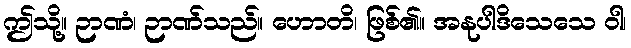
ဤသို့။ ဉာဏံ၊ ဉာဏ်သည်။ ဟောတိ၊ ဖြစ်၏။ အနုပါဒိသေသေ ဝါ၊